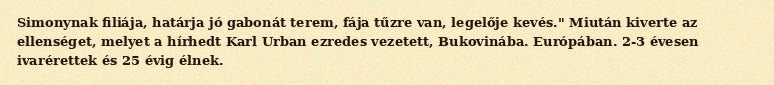
Simonynak filiája, határja jó gabonát terem, fája tűzre van, legelője kevés." Miután kiverte az ellenséget, melyet a hírhedt Karl Urban ezredes vezetett, Bukovinába. Európában. 2-3 évesen ivarérettek és 25 évig élnek.